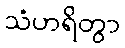
သံဟရိတွာ